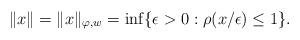
LaTeX: \begin{align*} \|x\| = \|x\|_{\varphi,w} = \inf \{ \epsilon>0: \rho(x/\epsilon) \le 1\}. \end{align*}